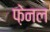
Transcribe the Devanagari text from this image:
फ़ेनल